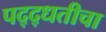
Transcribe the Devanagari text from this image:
पद्द्धतीचा